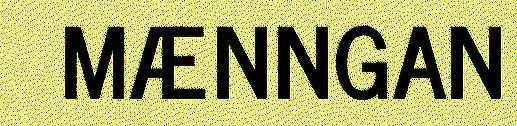
MÆNNGAN